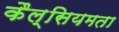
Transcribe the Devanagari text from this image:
कैल्सियमता